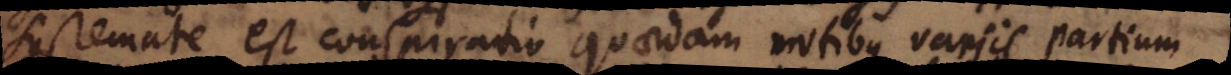
systemate est conspiratio quaedam motibus variis partium